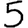
Digit: 5